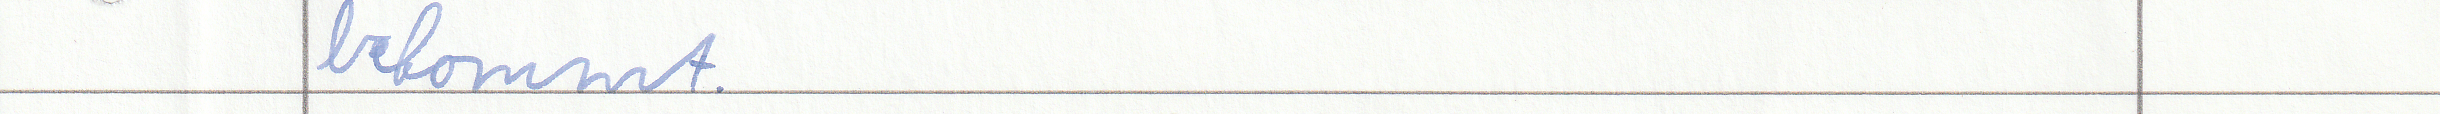
bekommt.